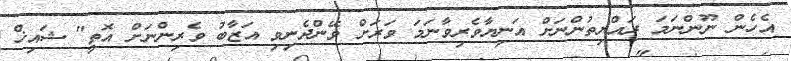
އެހެން ނޫންނަމަ ރައްޔިތުންނަށް އަނިޔާވެރިވާނަމަ ވަރަށް ވޭންދެނިވި އަޒާބު ވެރިންނަށް އޮތީ" ޝައިޚް